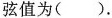
弦值为().